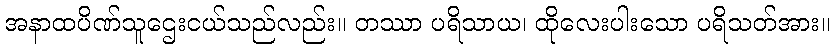
အနာထပိဏ်သူဌေးငယ်သည်လည်း။ တဿာ ပရိသာယ၊ ထိုလေးပါးသော ပရိသတ်အား။